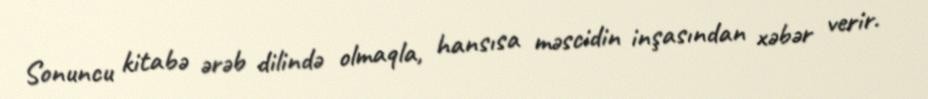
Sonuncu kitabə ərəb dilində olmaqla, hansısa məscidin inşasından xəbər verir.